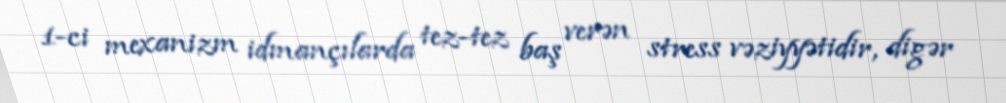
1-ci mexanizm idmançılarda tez-tez baş verən stress vəziyyətidir, digər